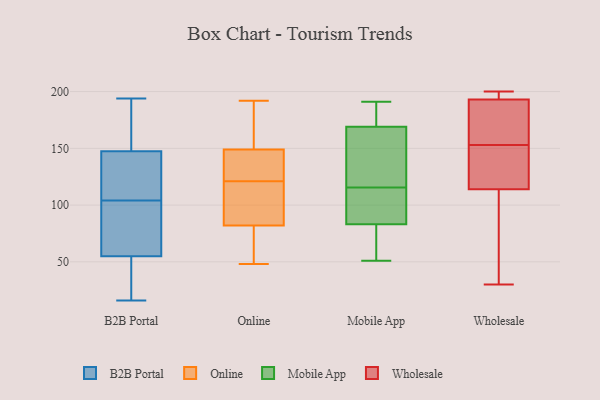
{"axis": {"x": "Satisfaction Score", "y": "Value"}, "legend": ["B2B Portal", "Mobile App", "Online", "Wholesale"], "data": [{"x": "", "y": 133, "type": "B2B Portal"}, {"x": "", "y": 98, "type": "B2B Portal"}, {"x": "", "y": 26, "type": "B2B Portal"}, {"x": "", "y": 110, "type": "B2B Portal"}, {"x": "", "y": 16, "type": "B2B Portal"}, {"x": "", "y": 74, "type": "B2B Portal"}, {"x": "", "y": 168, "type": "B2B Portal"}, {"x": "", "y": 162, "type": "B2B Portal"}, {"x": "", "y": 36, "type": "B2B Portal"}, {"x": "", "y": 194, "type": "B2B Portal"}, {"x": "", "y": 113, "type": "B2B Portal"}, {"x": "", "y": 87, "type": "B2B Portal"}, {"x": "", "y": 192, "type": "Online"}, {"x": "", "y": 126, "type": "Online"}, {"x": "", "y": 62, "type": "Online"}, {"x": "", "y": 146, "type": "Online"}, {"x": "", "y": 149, "type": "Online"}, {"x": "", "y": 189, "type": "Online"}, {"x": "", "y": 82, "type": "Online"}, {"x": "", "y": 48, "type": "Online"}, {"x": "", "y": 116, "type": "Online"}, {"x": "", "y": 84, "type": "Online"}, {"x": "", "y": 169, "type": "Mobile App"}, {"x": "", "y": 154, "type": "Mobile App"}, {"x": "", "y": 191, "type": "Mobile App"}, {"x": "", "y": 83, "type": "Mobile App"}, {"x": "", "y": 122, "type": "Mobile App"}, {"x": "", "y": 73, "type": "Mobile App"}, {"x": "", "y": 171, "type": "Mobile App"}, {"x": "", "y": 84, "type": "Mobile App"}, {"x": "", "y": 51, "type": "Mobile App"}, {"x": "", "y": 109, "type": "Mobile App"}, {"x": "", "y": 117, "type": "Wholesale"}, {"x": "", "y": 89, "type": "Wholesale"}, {"x": "", "y": 153, "type": "Wholesale"}, {"x": "", "y": 193, "type": "Wholesale"}, {"x": "", "y": 193, "type": "Wholesale"}, {"x": "", "y": 188, "type": "Wholesale"}, {"x": "", "y": 105, "type": "Wholesale"}, {"x": "", "y": 149, "type": "Wholesale"}, {"x": "", "y": 200, "type": "Wholesale"}, {"x": "", "y": 188, "type": "Wholesale"}, {"x": "", "y": 118, "type": "Wholesale"}, {"x": "", "y": 30, "type": "Wholesale"}, {"x": "", "y": 196, "type": "Wholesale"}]}